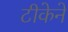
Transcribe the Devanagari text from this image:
टीकेने